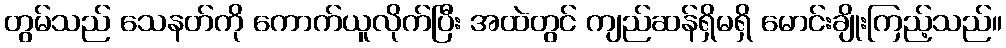
တွမ်သည် သေနတ်ကို ကောက်ယူလိုက်ပြီး အထဲတွင် ကျည်ဆန်ရှိမရှိ မောင်းချိုးကြည့်သည်။